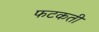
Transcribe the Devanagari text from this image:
फटकती